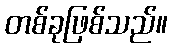
တစ်ခုဖြစ်သည်။